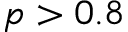
p > 0 . 8